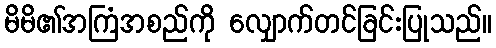
မိမိ၏အကြံအစည်ကို လျှောက်တင်ခြင်းပြုသည်။